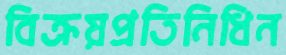
বিক্রয়প্রতিনিধিন